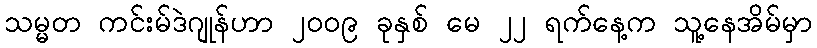
သမ္မတ ကင်းမ်ဒဲဂျုန်ဟာ ၂၀၀၉ ခုနှစ် မေ ၂၂ ရက်နေ့က သူ့နေအိမ်မှာ